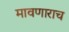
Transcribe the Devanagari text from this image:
मावणाराच